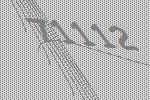
71112